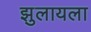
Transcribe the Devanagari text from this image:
झुलायला